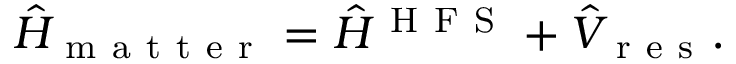
{ \hat { H } } _ { \mathrm { ~ m ~ a ~ t ~ t ~ e ~ r ~ } } = { \hat { H } } ^ { \mathrm { ~ H ~ F ~ S ~ } } + { \hat { V } } _ { \mathrm { ~ r ~ e ~ s ~ } } .